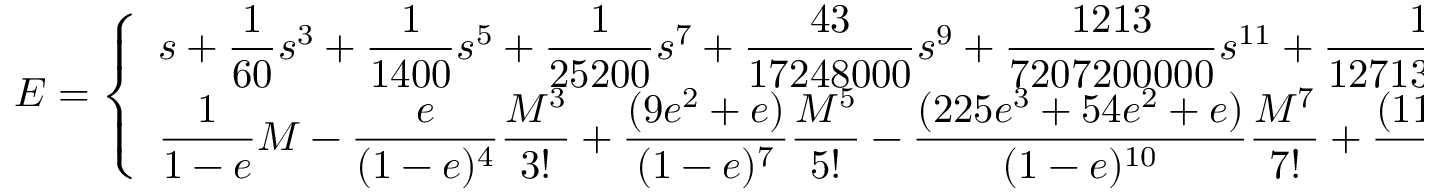
E = { \left\{ \begin{array} { l l } { \displaystyle s + { \frac { 1 } { 6 0 } } s ^ { 3 } + { \frac { 1 } { 1 4 0 0 } } s ^ { 5 } + { \frac { 1 } { 2 5 2 0 0 } } s ^ { 7 } + { \frac { 4 3 } { 1 7 2 4 8 0 0 0 } } s ^ { 9 } + { \frac { 1 2 1 3 } { 7 2 0 7 2 0 0 0 0 0 } } s ^ { 1 1 } + { \frac { 1 5 1 4 3 9 } { 1 2 7 1 3 5 0 0 8 0 0 0 0 0 } } s ^ { 1 3 } + \cdots { \mathrm { ~ w i t h ~ } } s = ( 6 M ) ^ { 1 / 3 } , } & { e = 1 } \\ { \displaystyle { \frac { 1 } { 1 - e } } M - { \frac { e } { ( 1 - e ) ^ { 4 } } } { \frac { M ^ { 3 } } { 3 ! } } + { \frac { ( 9 e ^ { 2 } + e ) } { ( 1 - e ) ^ { 7 } } } { \frac { M ^ { 5 } } { 5 ! } } - { \frac { ( 2 2 5 e ^ { 3 } + 5 4 e ^ { 2 } + e ) } { ( 1 - e ) ^ { 1 0 } } } { \frac { M ^ { 7 } } { 7 ! } } + { \frac { ( 1 1 0 2 5 e ^ { 4 } + 4 1 3 1 e ^ { 3 } + 2 4 3 e ^ { 2 } + e ) } { ( 1 - e ) ^ { 1 3 } } } { \frac { M ^ { 9 } } { 9 ! } } + \cdots , } & { e \neq 1 } \end{array} \right. }